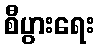
စီပွားရေး